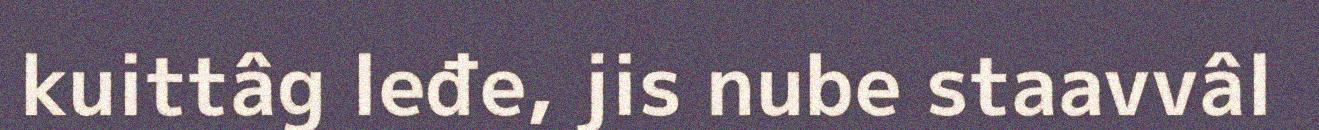
kuittâg leđe, jis nube staavvâl